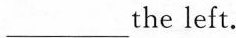
_the left.